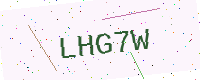
Text: LHG7W